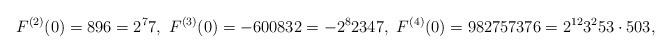
\begin{align*}F^{(2)}(0)=896=2^{7}7,\ F^{(3)}(0)=-600832=-2^{8}2347,\ F^{(4)}(0)=982757376=2^{12}3^{2}53\cdot 503,\end{align*}